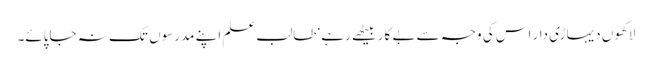
لاکھوں دیہاڑی دار اس کی وجہ سے بے کار بیٹھے رہے‘ طالب علم اپنے مدرسوں تک نہ جاپائے۔